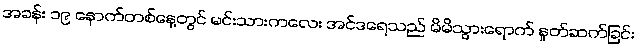
အခန်း ၁၉ နောက်တစ်နေ့တွင် မင်းသားကလေး အင်ဒရေသည် မိမိသွားရောက် နှုတ်ဆက်ခြင်း